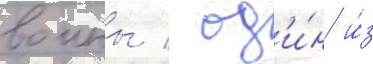
воины / од'и́н и́з